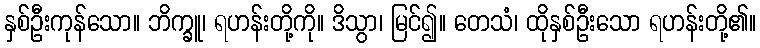
နှစ်ဦးကုန်သော။ ဘိက္ခူ၊ ရဟန်းတို့ကို။ ဒိသွာ၊ မြင်၍။ တေသံ၊ ထိုနှစ်ဦးသော ရဟန်းတို့၏။